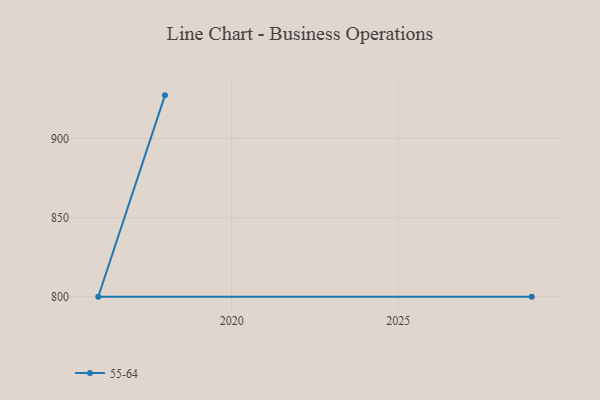
{"axis": {"x": "Year", "y": "Operating Costs (USD K)"}, "legend": ["55-64"], "data": [{"x": "2018", "y": 927.3, "type": "55-64"}, {"x": "2016", "y": 800, "type": "55-64"}, {"x": "2029", "y": 800, "type": "55-64"}]}